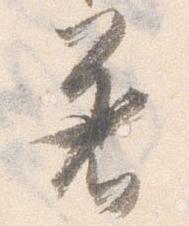
着